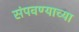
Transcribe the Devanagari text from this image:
संपवण्याच्या